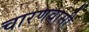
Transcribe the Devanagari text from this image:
चारणवासी